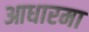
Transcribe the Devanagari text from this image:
आधारमा